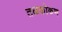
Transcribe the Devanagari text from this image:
तळकोकण